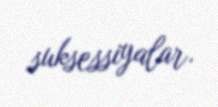
suksessiyalar.